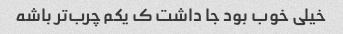
خیلی خوب بود جا داشت ک یکم چرب‌تر باشه